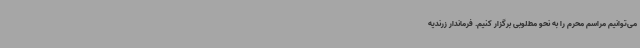
می‌توانیم مراسم محرم را به نحو مطلوبی برگزار کنیم. فرماندار زرندیه